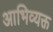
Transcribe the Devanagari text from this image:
आभिव्यक्त